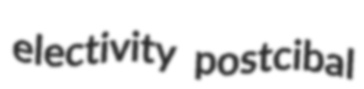
electivity postcibal